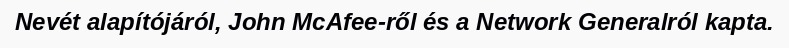
Nevét alapítójáról, John McAfee-ről és a Network Generalról kapta.